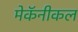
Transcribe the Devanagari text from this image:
मेकॅनीकल